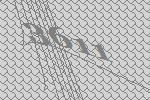
3611